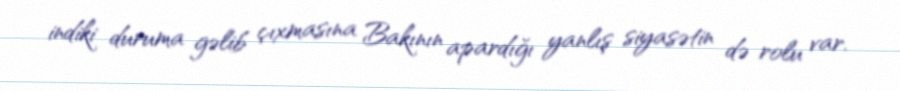
indiki duruma gəlib çıxmasına Bakının apardığı yanlış siyasətin də rolu var.